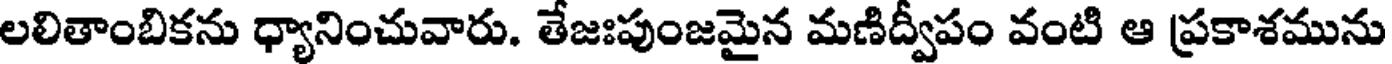
లలితాంబికను ధ్యానించువారు. తేజఃపుంజమైన మణిద్వీపం వంటి ఆ ప్రకాశమును